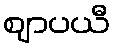
ဈာပယီ